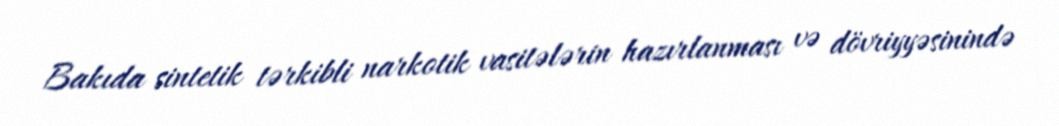
Bakıda sintetik tərkibli narkotik vasitələrin hazırlanması və dövriyyəsinində